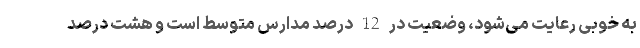
به خوبی رعایت می‌شود، وضعیت در 12 درصد مدارس متوسط است و هشت درصد